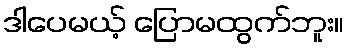
ဒါပေမယ့် ပြောမထွက်ဘူး။